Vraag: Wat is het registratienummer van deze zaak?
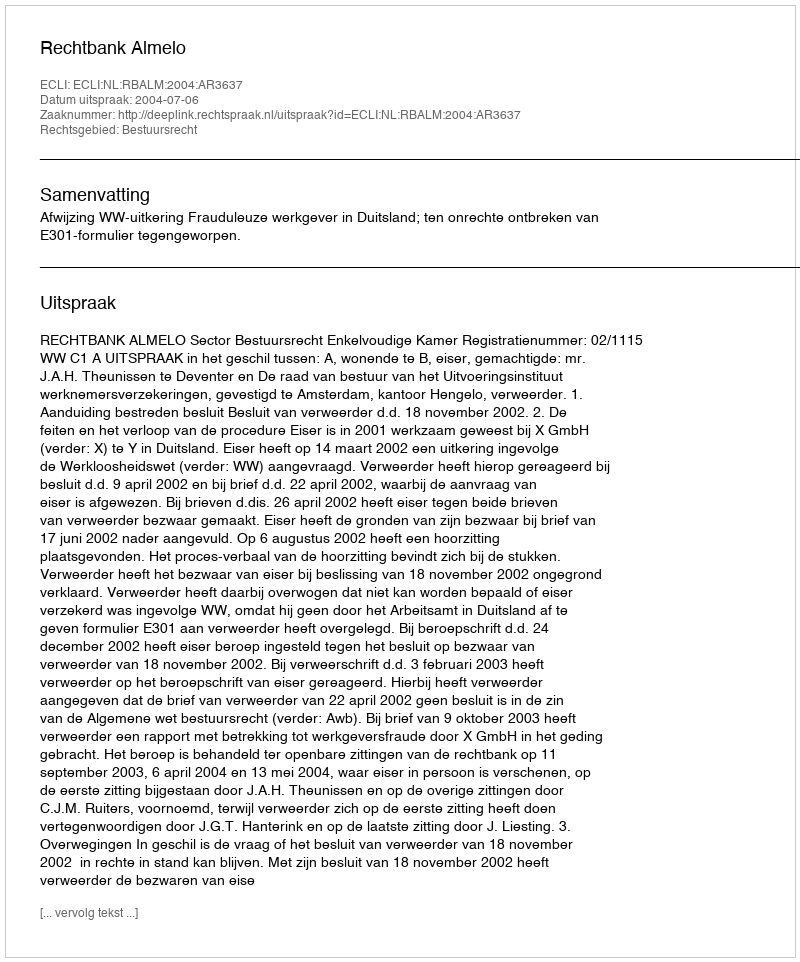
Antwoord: http://deeplink.rechtspraak.nl/uitspraak?id=ECLI:NL:RBALM:2004:AR3637